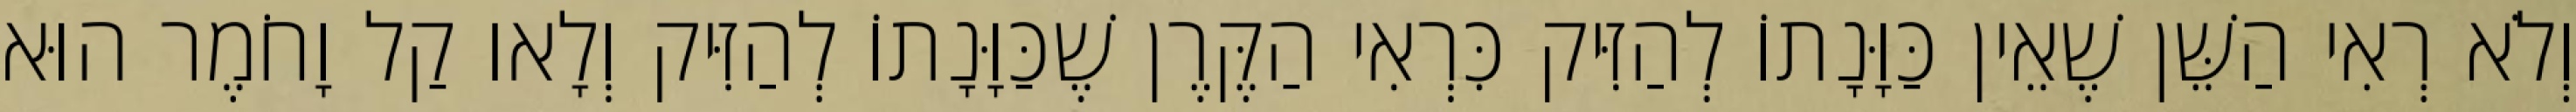
וְלֹא רְאִי הַשֵּׁן שֶׁאֵין כַּוָּנָתוֹ לְהַזִּיק כִּרְאִי הַקֶּרֶן שֶׁכַּוָּנָתוֹ לְהַזִּיק וְלָאו קַל וָחֹמֶר הוּא